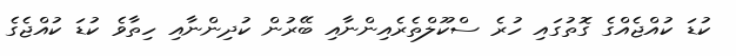
ކުޑަ ކުއްޖެއްގެ ގޮތުގައި ހުރެ ސްކޫލްތެރެއިންނާއި ބޭރުން ކުދިންނާއި ހިތާވެ ކުޑަ ކުއްޖެގެ